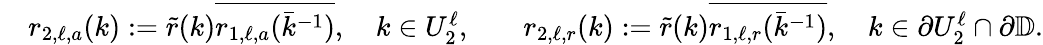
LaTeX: \begin{array}{rlrl}&{r_{2,\ell,a}(k):=\tilde{r}(k)\overline{{r_{1,\ell,a}(\bar{k}^{-1})}},\quad k\in U_{2}^{\ell},}&&{r_{2,\ell,r}(k):=\tilde{r}(k)\overline{{r_{1,\ell,r}(\bar{k}^{-1})}},\quad k\in\partial U_{2}^{\ell}\cap\partial\mathbb{D}.}\end{array}